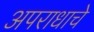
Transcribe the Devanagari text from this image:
अपराधाचे